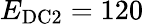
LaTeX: E_{\mathrm{DC2}}=120